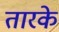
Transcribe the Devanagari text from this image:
तारके